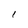
Character: I